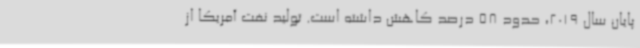
پایان سال 2019، حدود 58 درصد کاهش داشته است. تولید نفت آمریکا از